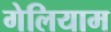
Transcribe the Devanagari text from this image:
गेलियाम